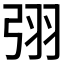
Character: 𭚰